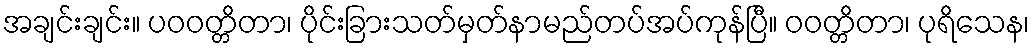
အချင်းချင်း။ ပဝဝတ္တိတာ၊ ပိုင်းခြားသတ်မှတ်နာမည်တပ်အပ်ကုန်ပြီ။ ဝဝတ္တိတာ၊ ပုရိသေန၊